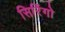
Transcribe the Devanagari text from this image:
सिरिंगो